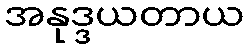
အနုဒ္ဒယတာယ